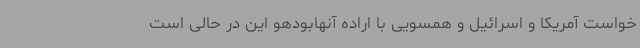
خواست آمریکا و اسرائیل و همسویی با اراده آنهابودهو این در حالی است